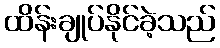
ထိန်းချုပ်နိုင်ခဲ့သည်